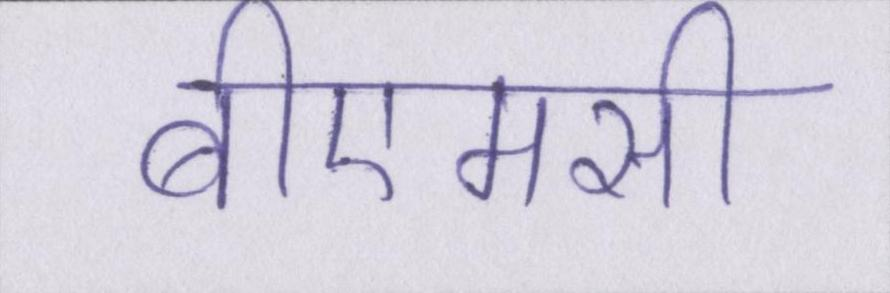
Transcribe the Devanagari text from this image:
बीएमसी